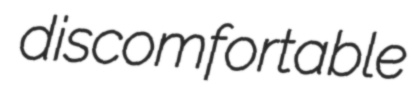
discomfortable